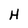
Character: H